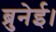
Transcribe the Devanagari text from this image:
ब्रुनेई।